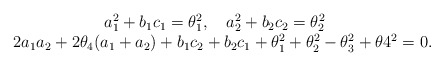
\begin{align*}\begin{matrix}a_1^2+b_1c_1=\theta_1^2,\ \ \ a_2^2+b_2c_2=\theta_2^2\ \ \ \\2a_1a_2+2\theta_4(a_1+a_2)+b_1c_2+b_2c_1+\theta_1^2+\theta_2^2-\theta_3^2+\theta4^2=0.\end{matrix}\end{align*}